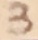
Text: 3